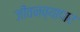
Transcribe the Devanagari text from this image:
जीवनव्यापार